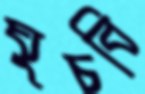
ঘুচবি